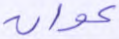
عوان